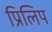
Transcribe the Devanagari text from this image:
प्रिलिप